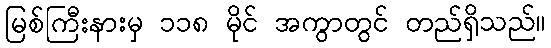
မြစ်ကြီးနားမှ ၁၁၈ မိုင် အကွာတွင် တည်ရှိသည်။